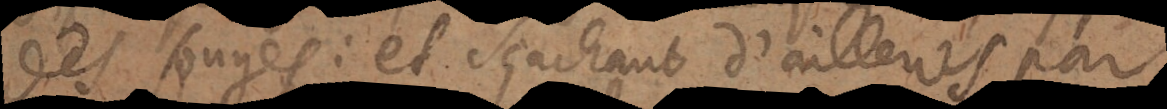
des songes: et sçachant d’ailleurs par